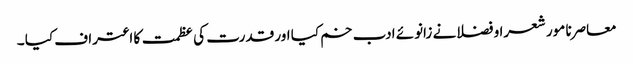
معاصرنا مور شعرا و فضلانے زانوئے ادب خم کیا اور قدرت کی عظمت کا اعتراف کیا ۔